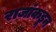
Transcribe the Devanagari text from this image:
राजांकडून